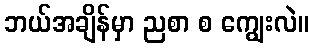
ဘယ်အချိန်မှာ ညစာ စ ကျွေးလဲ။